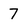
Character: 7